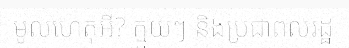
មូលហេតុអី? ក្មួយៗ និងប្រជាពលរដ្ឋ